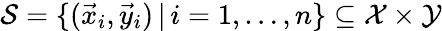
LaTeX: \mathcal S=\{ (\vec{x}_{i},\vec{y}_{i})\, |\, i=1,\dots,n\} \subseteq\mathcal{X}\times\mathcal{Y}